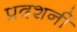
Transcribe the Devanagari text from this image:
प्रदशर्नी